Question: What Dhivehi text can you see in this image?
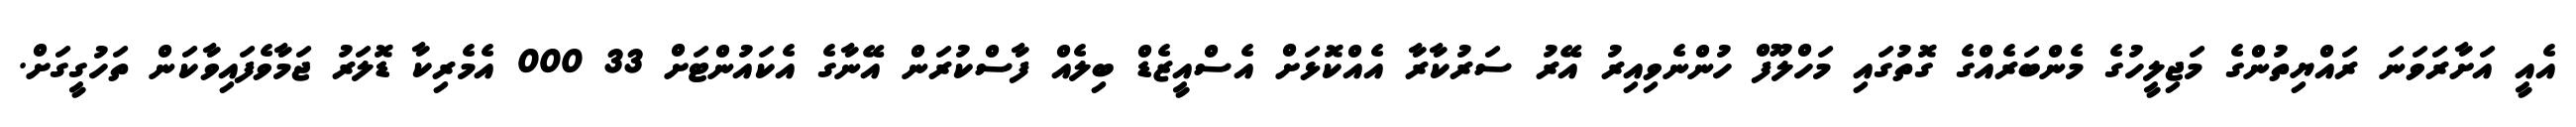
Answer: އެއީ އަށާރަވަނަ ރައްޔިތުންގެ މަޖިލީހުގެ މެންބަރެއްގެ ގޮތުގައި މަހްލޫފް ހުންނެވިއިރު އޭރު ސަރުކާރާ އެއްކޮޅަށް އެސްއީޒެޑް ބިލެއް ފާސްކުރަން އޭނާގެ އެކައުންޓަށް 33 000 އެމެރިކާ ޑޮލަރު ޖަމާވެފައިވާކަން ތަހުގީގަށް.